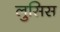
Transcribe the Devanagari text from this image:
लुसिस